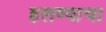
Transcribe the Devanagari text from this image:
हलण्याचा